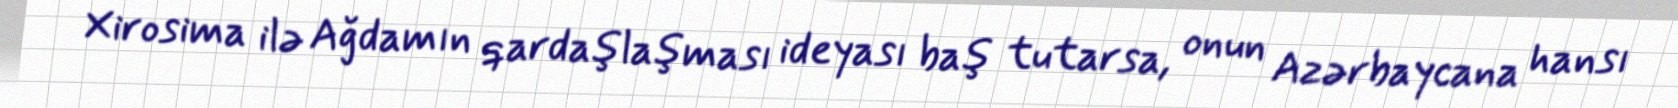
Xirosima ilə Ağdamın qardaşlaşması ideyası baş tutarsa, onun Azərbaycana hansı